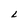
Character: L